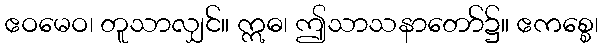
ဧဝမေဝ၊ တူသာလျှင်။ ဣဓ၊ ဤသာသနာတော်၌။ ဧကစ္စေ၊